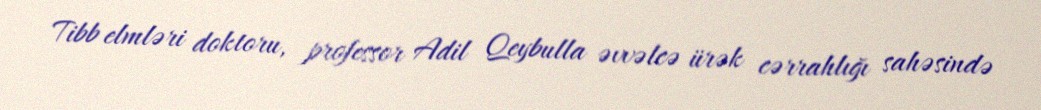
Tibb elmləri doktoru, professor Adil Qeybulla əvvəlcə ürək cərrahlığı sahəsində